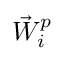
\vec { W } _ { i } ^ { p }